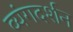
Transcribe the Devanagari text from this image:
व्यंगदर्शन